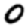
Digit: 0